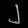
Digit: ၂